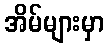
အိမ်များမှာ